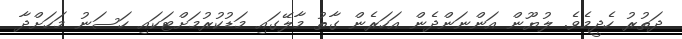
ދަތުރު ހެދީމެވެ. ލުޔޫން އަންނަންދެން އަހަރެން ގާތު މާލޭގައި މަޑުކުރުމަށްޓަކައި ހަސަނު މަހަށްދާ